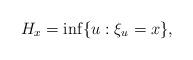
LaTeX: \begin{align*} H_x = \inf\{ u: \xi_u = x\}, \end{align*}